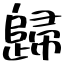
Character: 歸